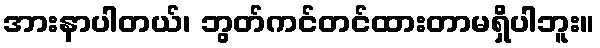
အားနာပါတယ်၊ ဘွတ်ကင်တင်ထားတာမရှိပါဘူး။